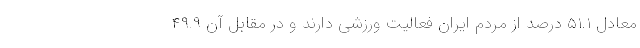
معادل ۵۱.۱ درصد از مردم ایران فعالیت ورزشی دارند و در مقابل آن ۴۹.۹